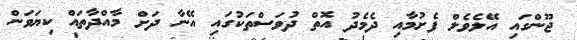
ޖޫންގައި އޭލެވެލް ފެށުމާއި ދެމެދު އޮތް ދުވަސްތަކުގައި އޭނާ ދަށް މާއްދާތައް ކިޔަވަން